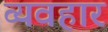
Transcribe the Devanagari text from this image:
व्यवहार